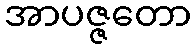
အာပဇ္ဇတော